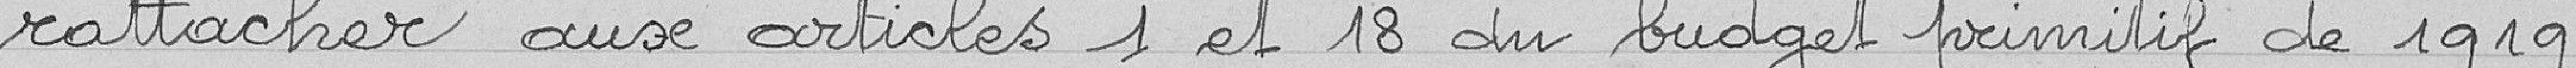
rattacher aux articles 1 et 18 du budget primitif de 1919